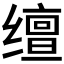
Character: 𬙉